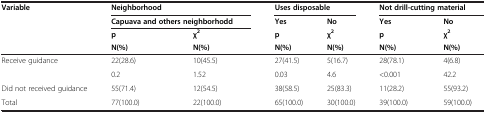
<table><thead><tr><td><b>Variable</b></td><td colspan="2"><b>Neighborhood</b></td><td colspan="2"><b>Uses disposable</b></td><td colspan="2"><b>Not drill-cutting material</b></td></tr><tr><td><b> </b></td><td colspan="2"><b>Capuava and others neighborhodd</b></td><td><b>Yes</b></td><td><b>No</b></td><td><b>Yes</b></td><td><b>No</b></td></tr><tr><td><b> </b></td><td><b>p</b></td><td><b>χ<sup>2</sup></b></td><td><b>p</b></td><td><b>χ<sup>2</sup></b></td><td><b>p</b></td><td><b>χ<sup>2</sup></b></td></tr><tr><td><b> </b></td><td><b>N(%)</b></td><td><b>N(%)</b></td><td><b>N(%)</b></td><td><b>N(%)</b></td><td><b>N(%)</b></td><td><b>N(%)</b></td></tr></thead><tbody><tr><td rowspan="2">Receive guidance</td><td>22(28.6)</td><td>10(45.5)</td><td>27(41.5)</td><td>5(16.7)</td><td>28(78.1)</td><td>4(6.8)</td></tr><tr><td>0.2</td><td>1.52</td><td>0.03</td><td>4.6</td><td>&lt;0.001</td><td>42.2</td></tr><tr><td>Did not received guidance</td><td>55(71.4)</td><td>12(54.5)</td><td>38(58.5)</td><td>25(83.3)</td><td>11(28.2)</td><td>55(93.2)</td></tr><tr><td>Total</td><td>77(100.0)</td><td>22(100.0)</td><td>65(100.0)</td><td>30(100.0)</td><td>39(100.0)</td><td>59(100.0)</td></tr></tbody></table>